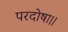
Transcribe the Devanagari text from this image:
परदोषा।।